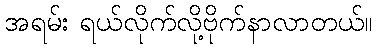
အရမ်း ရယ်လိုက်လို့ဗိုက်နာလာတယ်။